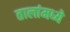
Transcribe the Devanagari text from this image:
तालांमध्ये